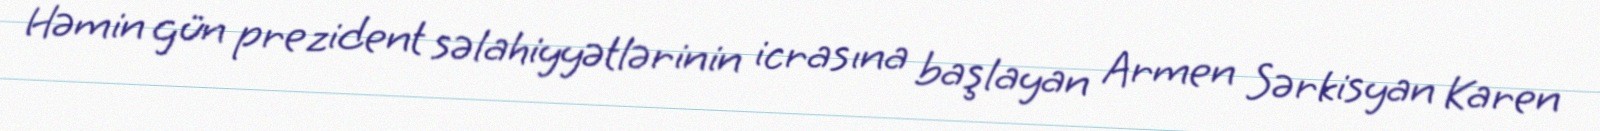
Həmin gün prezident səlahiyyətlərinin icrasına başlayan Armen Sərkisyan Karen